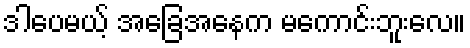
ဒါပေမယ့် အခြေအနေက မကောင်းဘူးလေ။